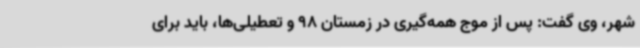
شهر، وی گفت: پس از موج همه‌گیری در زمستان 98 و تعطیلی‌ها، باید برای